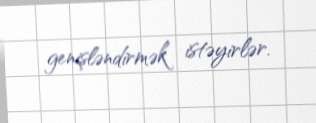
genişləndirmək istəyirlər.